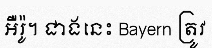
អឺរ៉ូ។ ជាងនេះ Bayern ត្រូវ